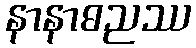
နာနာဓညဿ